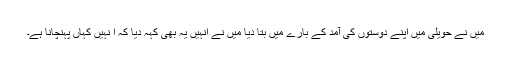
میں نے حویلی میں اپنے دوستوں کی آمد کے بارے میں بتا دیا میں نے انہیں یہ بھی کہہ دیا کہ ا نہیں کہاں پہنچانا ہے۔